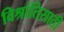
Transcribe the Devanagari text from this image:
विश्रांतिसाठी